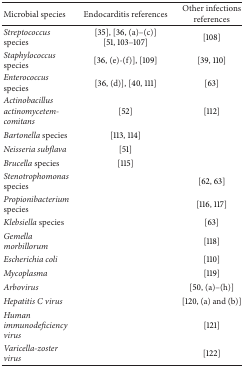
<table><thead><tr><td><b>Microbial species</b></td><td><b>Endocarditis references</b></td><td><b>Other infections references</b></td></tr></thead><tbody><tr><td><i>Streptococcus</i> species</td><td>[35], [36, (a)–(c)] [51, 103–107]</td><td>[108]</td></tr><tr><td><i>Staphylococcus</i> species</td><td>[36, (e)-(f)], [109]</td><td>[39, 110]</td></tr><tr><td><i>Enterococcus</i> species</td><td>[36, (d)], [40, 111]</td><td>[63]</td></tr><tr><td><i>Actinobacillus actinomycetemcomitans</i></td><td>[52]</td><td>[112]</td></tr><tr><td><i>Bartonella</i> species</td><td>[113, 114]</td><td> </td></tr><tr><td><i>Neisseria subflava </i></td><td>[51]</td><td> </td></tr><tr><td><i>Brucella</i> species</td><td>[115]</td><td> </td></tr><tr><td><i>Stenotrophomonas</i> species</td><td> </td><td>[62, 63]</td></tr><tr><td><i>Propionibacterium</i> species</td><td> </td><td>[116, 117]</td></tr><tr><td><i>Klebsiella</i> species</td><td> </td><td>[63]</td></tr><tr><td><i>Gemella morbillorum </i></td><td> </td><td>[118]</td></tr><tr><td><i>Escherichia coli </i></td><td> </td><td>[110]</td></tr><tr><td><i>Mycoplasma </i></td><td> </td><td>[119]</td></tr><tr><td><i>Arbovirus </i></td><td> </td><td>[50, (a)–(h)]</td></tr><tr><td><i>Hepatitis C virus </i></td><td> </td><td>[120, (a) and (b)]</td></tr><tr><td><i>Human immunodeficiency virus </i></td><td> </td><td>[121]</td></tr><tr><td><i>Varicella-zoster virus </i></td><td> </td><td>[122]</td></tr></tbody></table>